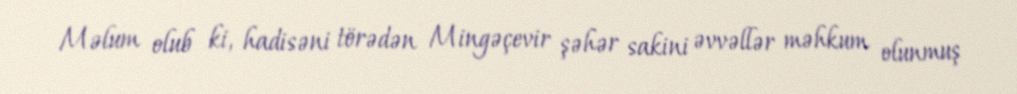
Məlum olub ki, hadisəni törədən Mingəçevir şəhər sakini əvvəllər məhkum olunmuş